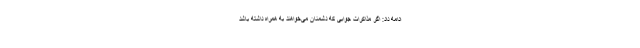
ادامه داد: اگر مذاکرات جوابی که دشمنان می‌خواهند به همراه داشته باشد